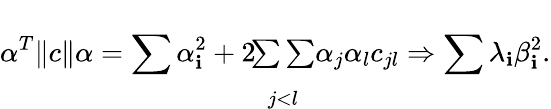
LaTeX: \alpha^{T}\| c\| \alpha=\sum\alpha_{\mathbf{i}}^{2}+2\! \begin{array}{c}{{{}}}\\ {{{\sum\sum}}}\\ {{{}_{j<l}}}\end{array}\alpha_{j}\alpha_{l}c_{jl}\Rightarrow\sum\lambda_{\mathbf{i}}\beta_{\mathbf{i}}^{2}.